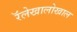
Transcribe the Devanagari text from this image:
रॅलेखालोखाल